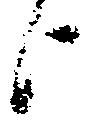
上